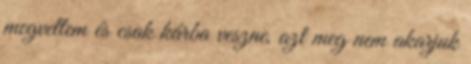
megvettem és csak kárba veszne, azt meg nem akarjuk